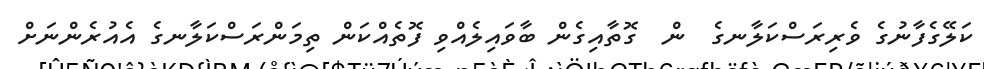
ކަލޭގެފާނުގެ ވެރިރަސްކަލާނގެ  ން  ގޮތާއިގެން ބާވައިލެއްވި ފޮތެއްކަން ތިމަންރަސްކަލާނގެ އެއުރެންނަށް